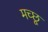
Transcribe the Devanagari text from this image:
मच्‍छू